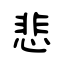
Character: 悲